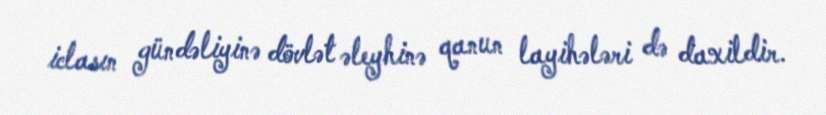
iclasın gündəliyinə dövlət əleyhinə qanun layihələri də daxildir.